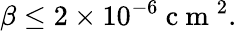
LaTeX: \beta\leq 2\times 10^{-6}\mathrm{~c~m~}^{2}.